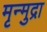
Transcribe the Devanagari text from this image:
मृन्मुद्रा